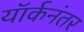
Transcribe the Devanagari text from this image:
यॉर्कनंतर